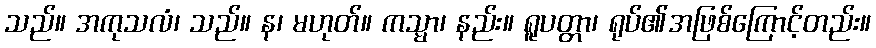
သည်။ အကုသလံ၊ သည်။ န၊ မဟုတ်။ ကသ္မာ၊ နည်း။ ရူပတ္တာ၊ ရုပ်၏အဖြစ်ကြောင့်တည်း။